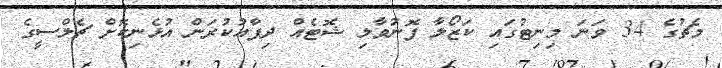
މެޗުގެ 34 ވަނަ މިނިޓުގައި ކަޒޯލާ ފޮނުވާލި ޝޮޓެއް ދިފާއުކުރަން އުޅެނިކޮށް ޗެލްސީގެ